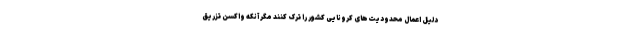
دلیل اعمال محدودیت‌های کرونایی کشور را ترک کنند مگر آنکه واکسن تزریق